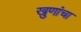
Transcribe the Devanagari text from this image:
खुणांचा